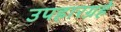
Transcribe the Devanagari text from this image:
उपहारग्रहे